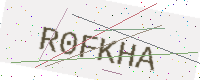
Text: R0FKHA